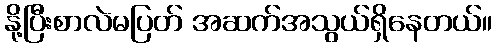
နို့ပြီးစာလဲမပြတ် အဆက်အသွယ်ရှိနေတယ်။